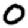
Digit: 0